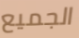
الجميع